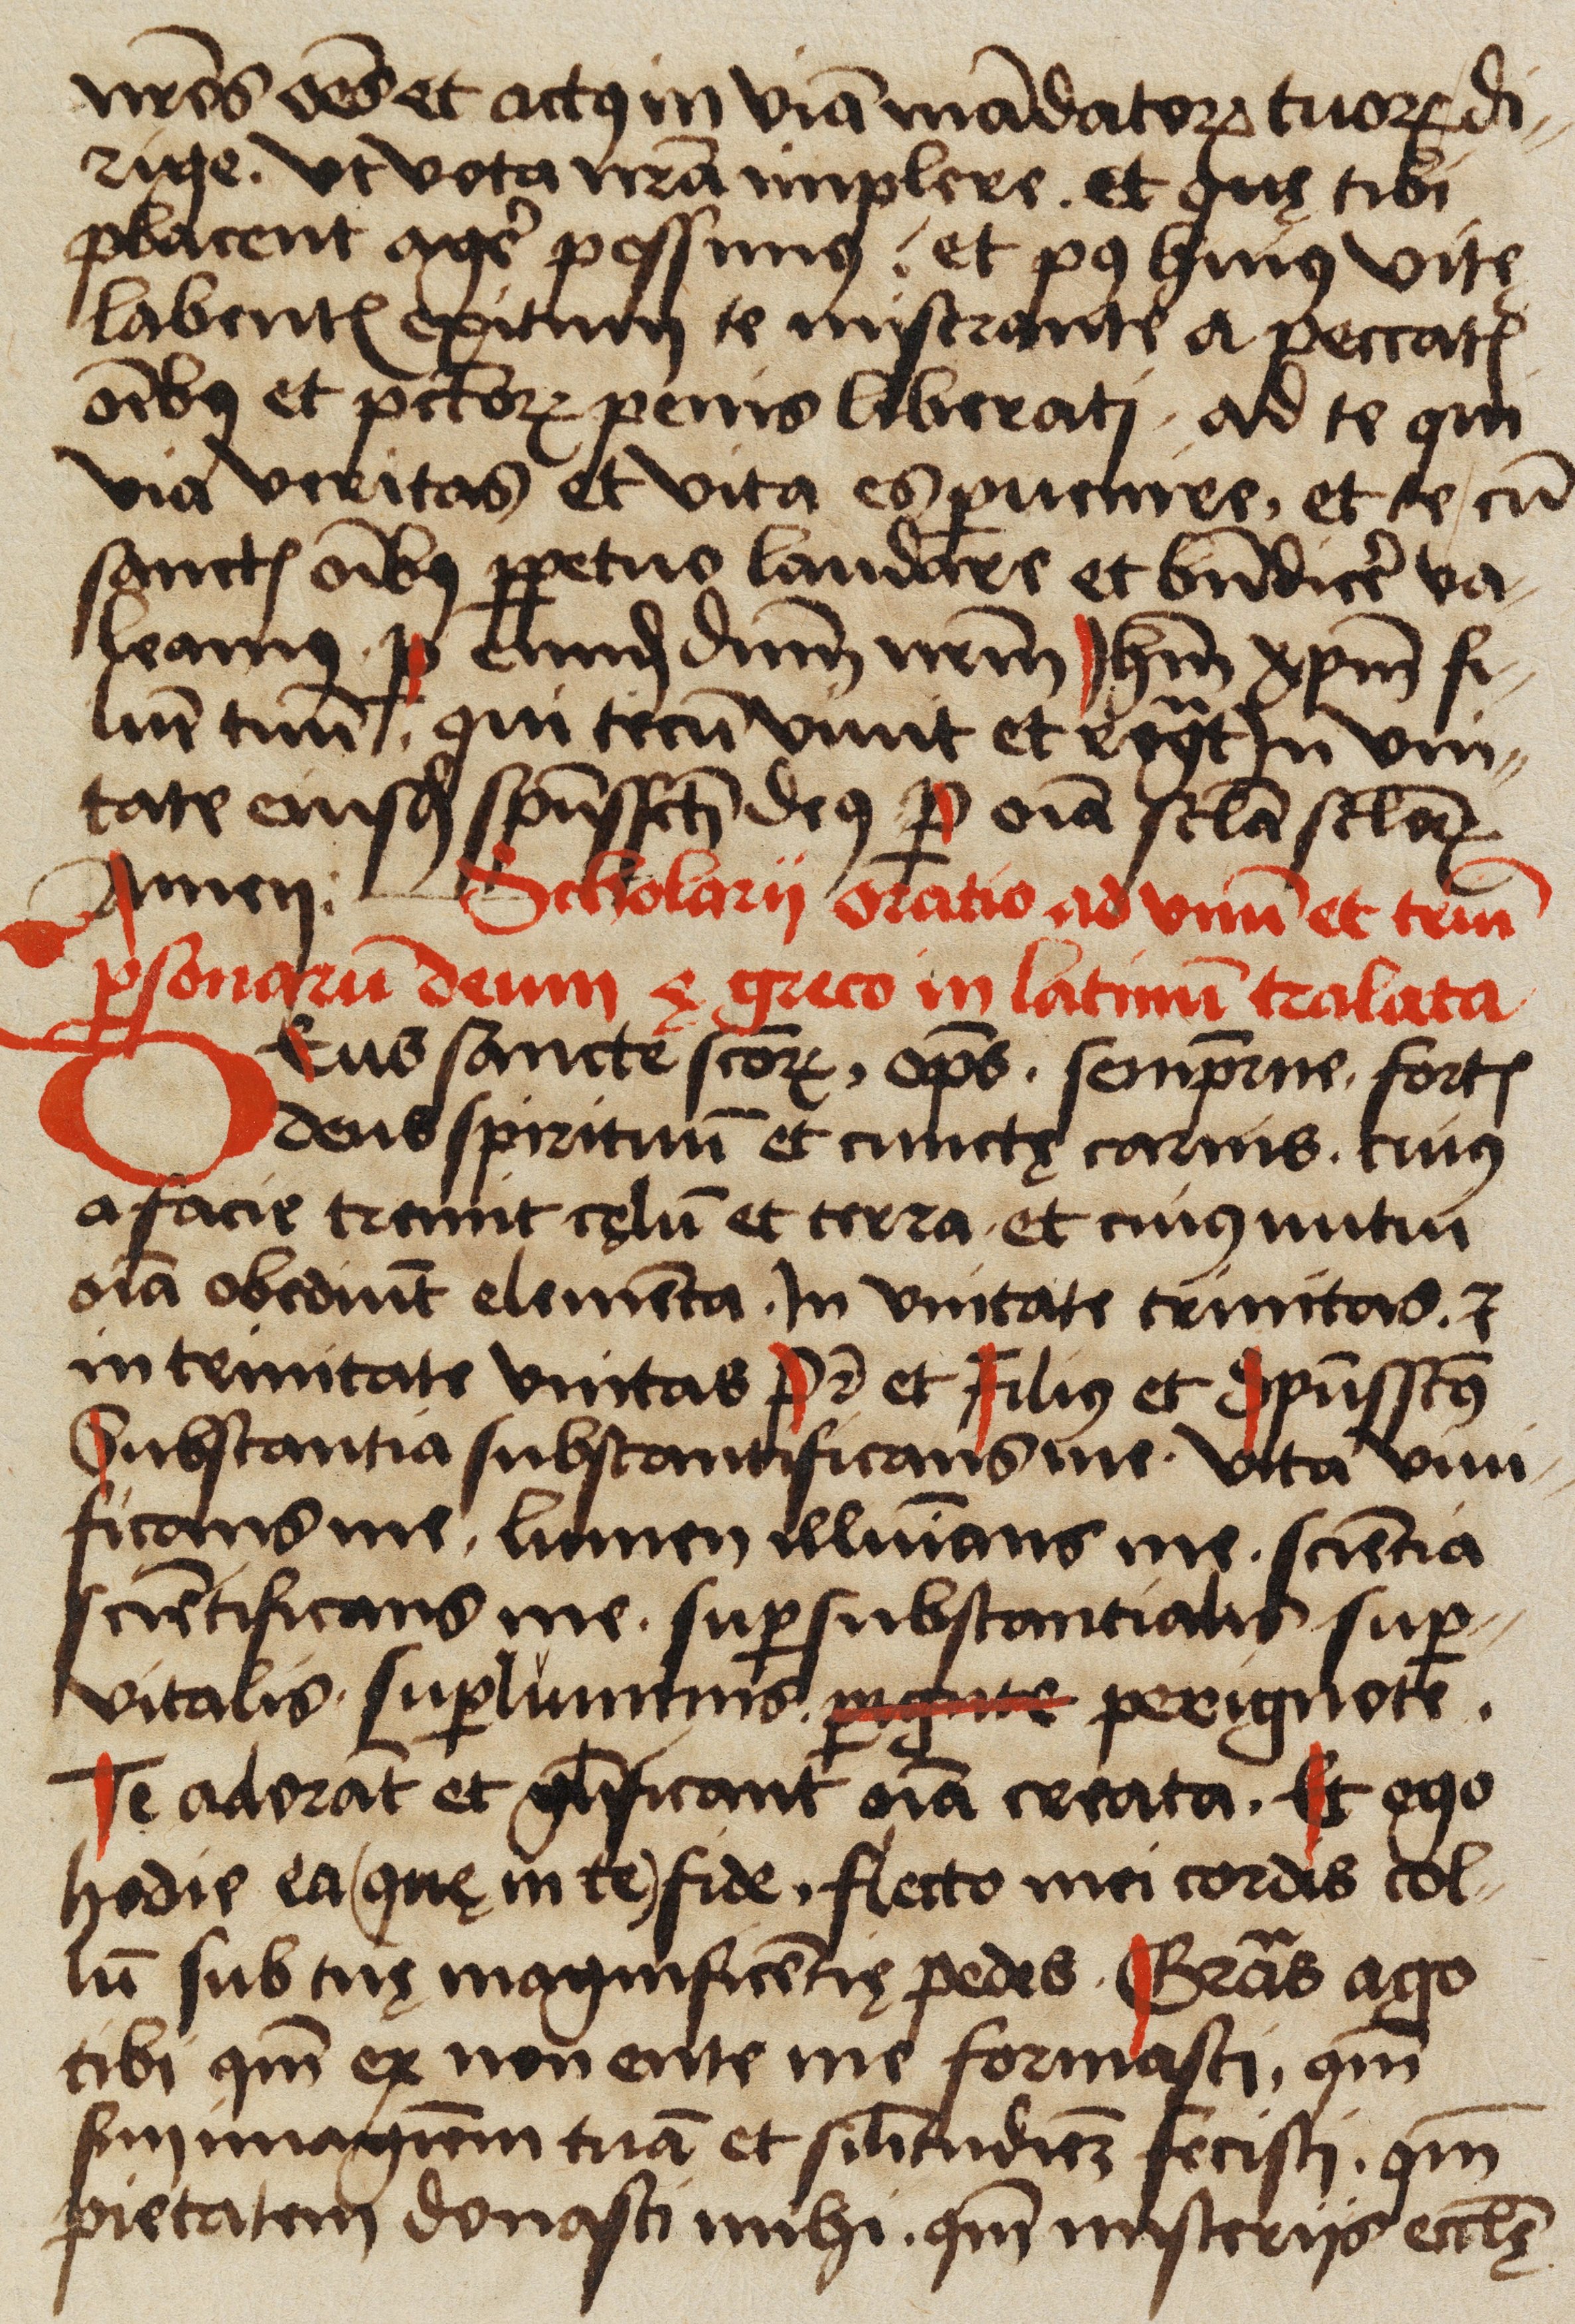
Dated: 1523–1523